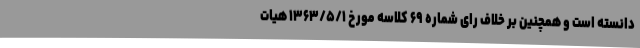
دانسته است و همچنین بر خلاف رای شماره ۶۹ کلاسه مورخ ۱۳۶۳/۵/۱ هیات